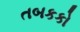
તબકકો